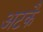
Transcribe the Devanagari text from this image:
अटकै